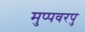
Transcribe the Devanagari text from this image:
मुप्पवरपु